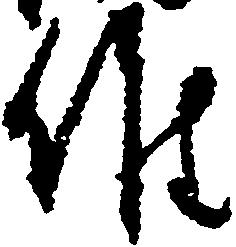
候